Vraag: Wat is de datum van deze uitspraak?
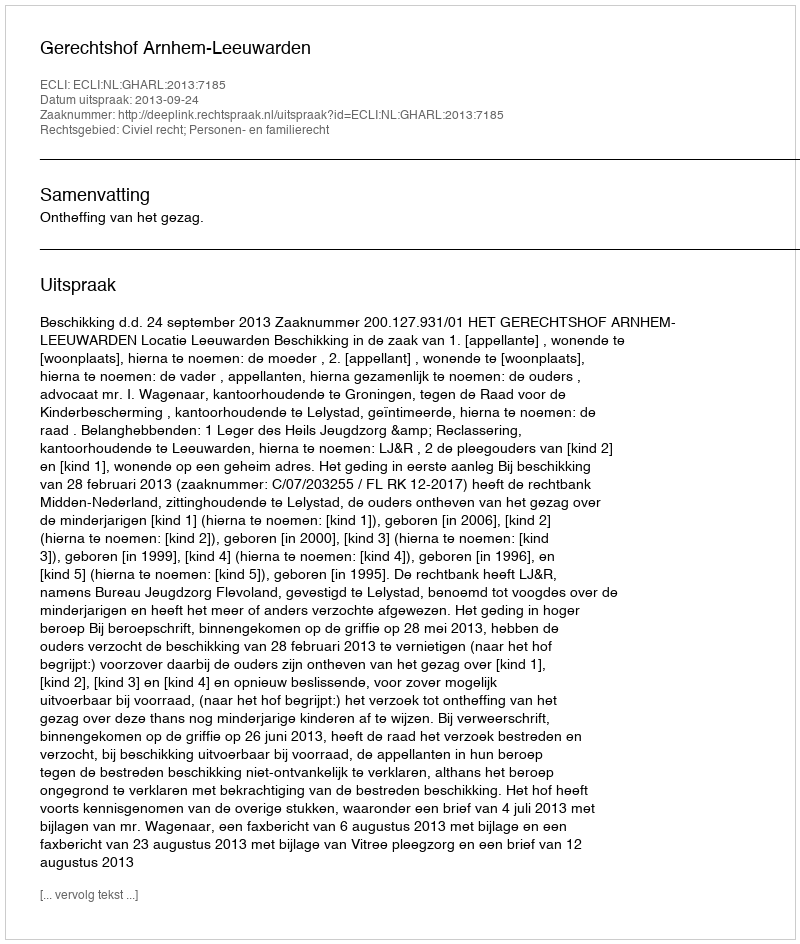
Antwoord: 2013-09-24